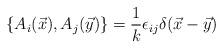
\begin{align*}\{A_{i}(\vec{x}), A_{j}(\vec{y})\} = \frac{1}{k}\epsilon_{ij}\delta(\vec{x} -\vec{y})\end{align*}